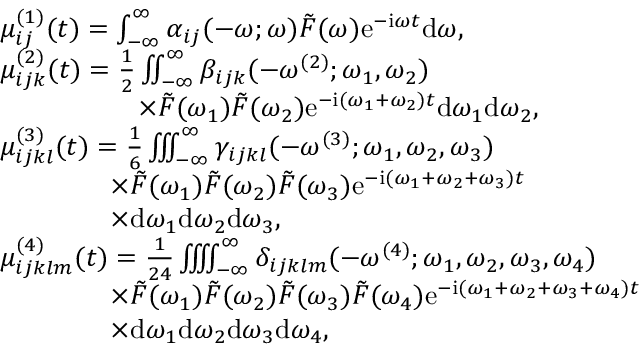
\begin{array} { r l } & { \mu _ { i j } ^ { ( 1 ) } ( t ) = \int _ { - \infty } ^ { \infty } \alpha _ { i j } ( - \omega ; \omega ) \tilde { F } ( \omega ) \mathrm { e } ^ { - \mathrm { i } \omega t } \mathrm { d } \omega , } \\ & { \mu _ { i j k } ^ { ( 2 ) } ( t ) = \frac { 1 } { 2 } \iint _ { - \infty } ^ { \infty } \beta _ { i j k } ( - \omega ^ { ( 2 ) } ; \omega _ { 1 } , \omega _ { 2 } ) } \\ & { \qquad \qquad \quad \times \tilde { F } ( \omega _ { 1 } ) \tilde { F } ( \omega _ { 2 } ) \mathrm { e } ^ { - \mathrm { i } ( \omega _ { 1 } + \omega _ { 2 } ) t } \mathrm { d } \omega _ { 1 } \mathrm { d } \omega _ { 2 } , } \\ & { \mu _ { i j k l } ^ { ( 3 ) } ( t ) = \frac { 1 } { 6 } \iint \! \! \! \int _ { - \infty } ^ { \infty } \gamma _ { i j k l } ( - \omega ^ { ( 3 ) } ; \omega _ { 1 } , \omega _ { 2 } , \omega _ { 3 } ) } \\ & { \qquad \qquad \times \tilde { F } ( \omega _ { 1 } ) \tilde { F } ( \omega _ { 2 } ) \tilde { F } ( \omega _ { 3 } ) \mathrm { e } ^ { - \mathrm { i } ( \omega _ { 1 } + \omega _ { 2 } + \omega _ { 3 } ) t } } \\ & { \qquad \qquad \times \mathrm { d } \omega _ { 1 } \mathrm { d } \omega _ { 2 } \mathrm { d } \omega _ { 3 } , } \\ & { \mu _ { i j k l m } ^ { ( 4 ) } ( t ) = \frac { 1 } { 2 4 } \iint \! \! \! \iint _ { - \infty } ^ { \infty } \delta _ { i j k l m } ( - \omega ^ { ( 4 ) } ; \omega _ { 1 } , \omega _ { 2 } , \omega _ { 3 } , \omega _ { 4 } ) } \\ & { \qquad \qquad \times \tilde { F } ( \omega _ { 1 } ) \tilde { F } ( \omega _ { 2 } ) \tilde { F } ( \omega _ { 3 } ) \tilde { F } ( \omega _ { 4 } ) \mathrm { e } ^ { - \mathrm { i } ( \omega _ { 1 } + \omega _ { 2 } + \omega _ { 3 } + \omega _ { 4 } ) t } } \\ & { \qquad \qquad \times \mathrm { d } \omega _ { 1 } \mathrm { d } \omega _ { 2 } \mathrm { d } \omega _ { 3 } \mathrm { d } \omega _ { 4 } , } \end{array}